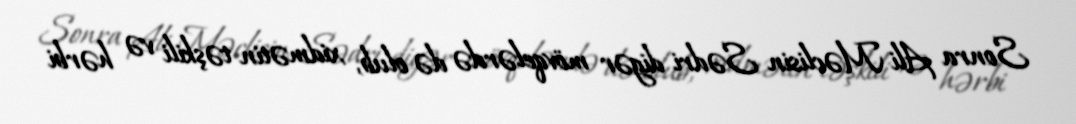
Sonra Ali Məclisin Sədri digər mövqelərdə də olub, xidmətin təşkili və hərbi